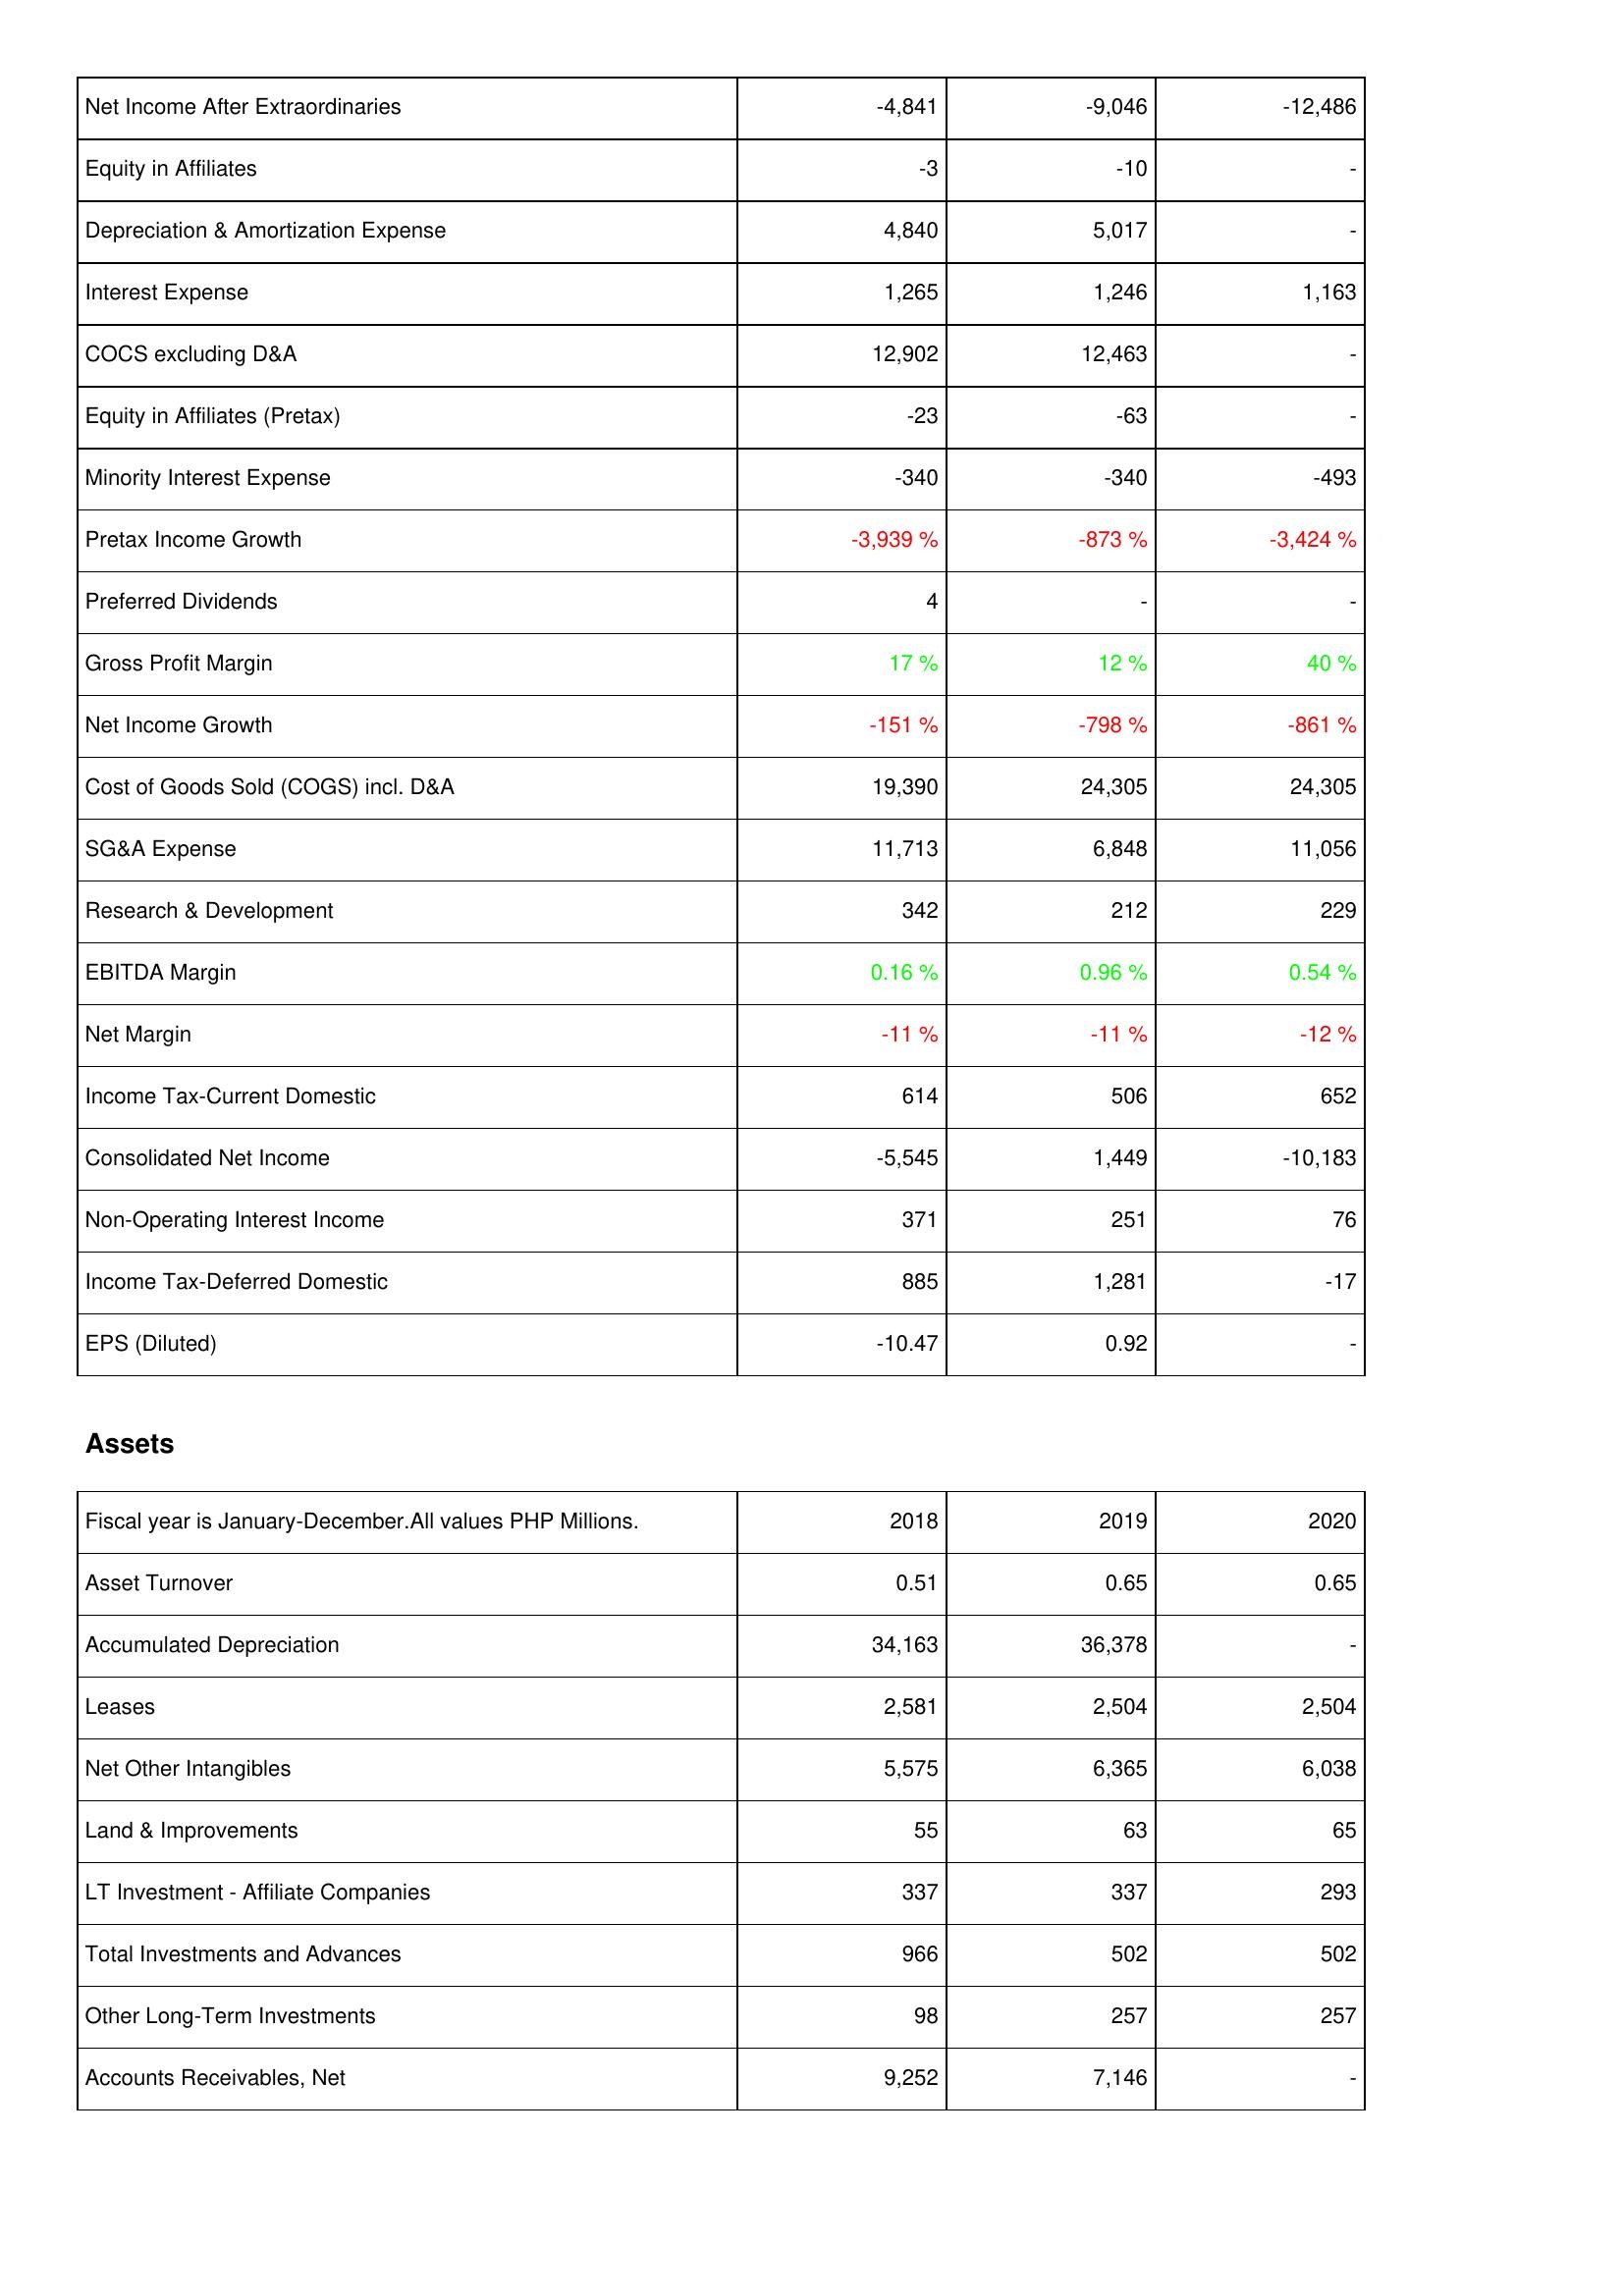
2018: Income Statement: Net Income After Extraordinaries: -4,841
Equity in Affiliates: -3
Depreciation & Amortization Expense: 4,840
Interest Expense: 1,265
COCS excluding D&A: 12,902
Equity in Affiliates (Pretax): -23
Minority Interest Expense: -340
Pretax Income Growth: -3,939 %
Preferred Dividends: 4
Gross Profit Margin: 17 %
Net Income Growth: -151 %
Cost of Goods Sold (COGS) incl. D&A: 19,390
SG&A Expense: 11,713
Research & Development: 342
EBITDA Margin: 0.16 %
Net Margin: -11 %
Income Tax-Current Domestic: 614
Consolidated Net Income: -5,545
Non-Operating Interest Income: 371
Income Tax-Deferred Domestic: 885
EPS (Diluted): -10.47
Assets: Asset Turnover: 0.51
Accumulated Depreciation: 34,163
Leases: 2,581
Net Other Intangibles: 5,575
Land & Improvements: 55
LT Investment - Affiliate Companies: 337
Total Investments and Advances: 966
Other Long-Term Investments: 98
Accounts Receivables, Net: 9,252
2019: Income Statement: Net Income After Extraordinaries: -9,046
Equity in Affiliates: -10
Depreciation & Amortization Expense: 5,017
Interest Expense: 1,246
COCS excluding D&A: 12,463
Equity in Affiliates (Pretax): -63
Minority Interest Expense: -340
Pretax Income Growth: -873 %
Preferred Dividends: -
Gross Profit Margin: 12 %
Net Income Growth: -798 %
Cost of Goods Sold (COGS) incl. D&A: 24,305
SG&A Expense: 6,848
Research & Development: 212
EBITDA Margin: 0.96 %
Net Margin: -11 %
Income Tax-Current Domestic: 506
Consolidated Net Income: 1,449
Non-Operating Interest Income: 251
Income Tax-Deferred Domestic: 1,281
EPS (Diluted): 0.92
Assets: Asset Turnover: 0.65
Accumulated Depreciation: 36,378
Leases: 2,504
Net Other Intangibles: 6,365
Land & Improvements: 63
LT Investment - Affiliate Companies: 337
Total Investments and Advances: 502
Other Long-Term Investments: 257
Accounts Receivables, Net: 7,146
2020: Income Statement: Net Income After Extraordinaries: -12,486
Equity in Affiliates: -
Depreciation & Amortization Expense: -
Interest Expense: 1,163
COCS excluding D&A: -
Equity in Affiliates (Pretax): -
Minority Interest Expense: -493
Pretax Income Growth: -3,424 %
Preferred Dividends: -
Gross Profit Margin: 40 %
Net Income Growth: -861 %
Cost of Goods Sold (COGS) incl. D&A: 24,305
SG&A Expense: 11,056
Research & Development: 229
EBITDA Margin: 0.54 %
Net Margin: -12 %
Income Tax-Current Domestic: 652
Consolidated Net Income: -10,183
Non-Operating Interest Income: 76
Income Tax-Deferred Domestic: -17
EPS (Diluted): -
Assets: Asset Turnover: 0.65
Accumulated Depreciation: -
Leases: 2,504
Net Other Intangibles: 6,038
Land & Improvements: 65
LT Investment - Affiliate Companies: 293
Total Investments and Advances: 502
Other Long-Term Investments: 257
Accounts Receivables, Net: -